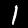
Digit: 1